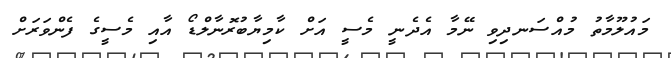
މައުލޫމާތު މުއްސަނދިވި ނޭމާ އެދެނީ މެސީ އަށް ކާމިޔާބުރޮނާލްޑޯ އާއި މެސީގެ ފެންވަރަށް